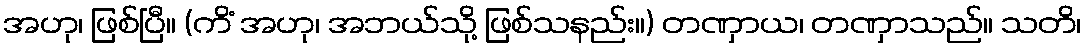
အဟု၊ ဖြစ်ပြီ။ (ကိံ အဟု၊ အဘယ်သို့ ဖြစ်သနည်း။) တဏှာယ၊ တဏှာသည်။ သတိ၊